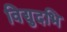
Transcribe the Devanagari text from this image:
विद्युदभि